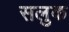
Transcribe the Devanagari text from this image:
सलुक